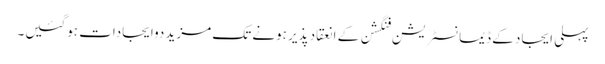
پہلی ایجاد کے ڈیمانسٹریشن فنگشن کے انعقاد پذیر ہونے تک مزید دوایجادات ہوگئیں۔